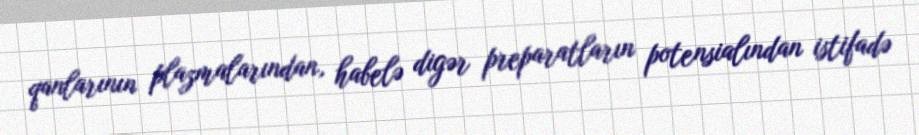
qanlarının plazmalarından, habelə digər preparatların potensialından istifadə